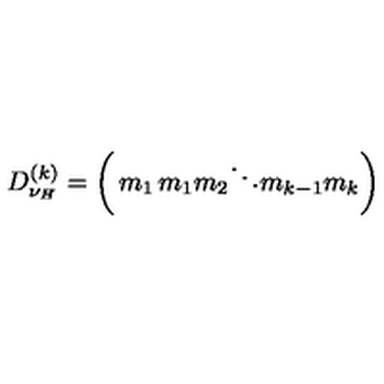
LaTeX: D _ { \nu _ { H } } ^ { ( k ) } = \left( \begin{matrix} { m _ { 1 } } & { } & { } \\ { } & { m _ { 1 } m _ { 2 } } & { } \\ { } & { } & { \ddots } & { } \\ { } & { } & { } & { m _ { k - 1 } m _ { k } } \\ \end{matrix} \right)